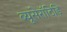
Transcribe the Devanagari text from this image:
ब्यूसेरॉटिड़ि